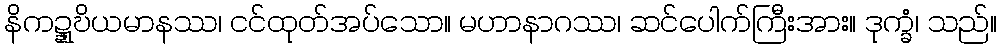
နိကဍ္ဍ္ဎိယမာနဿ၊ ငင်ထုတ်အပ်သော။ မဟာနာဂဿ၊ ဆင်ပေါက်ကြီးအား။ ဒုက္ခံ၊ သည်။